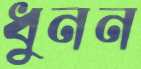
ধুনন